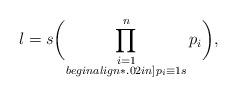
LaTeX: \begin{align*} l= s \biggl(\prod_{\substack{i=1\\begin{align*}.02in]p_i\equiv 1 s}}^n p_i\biggr), \end{align*}